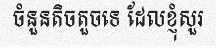
ចំនួនតិចតួចទេ ដែលខ្ញុំសួរ